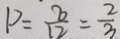
P = \frac { 8 } { 1 2 } = \frac { 2 } { 3 }